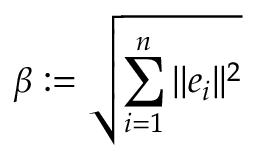
\beta : = { \sqrt { \sum _ { i = 1 } ^ { n } | | e _ { i } | | ^ { 2 } } }